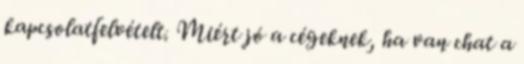
kapcsolatfelvételt. Miért jó a cégeknek, ha van chat a